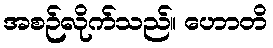
အစဉ်လိုက်သည်။ ဟောတိ